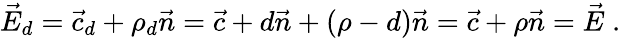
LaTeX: {\vec{E}}_{d}={\vec{c}}_{d}+\rho_{d}{\vec{n}}={\vec{c}}+d{\vec{n}}+(\rho-d){\vec{n}}={\vec{c}}+\rho{\vec{n}}={\vec{E}}\; .